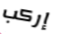
إركب